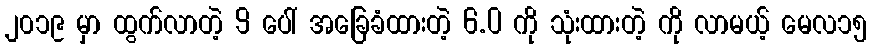
၂၀၁၉ မှာ ထွက်လာတဲ့ 9 ပေါ် အခြေခံထားတဲ့ 6.0 ကို သုံးထားတဲ့ ကို လာမယ့် မေလ၁၅